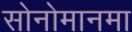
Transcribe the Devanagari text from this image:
सोनोमानमा